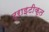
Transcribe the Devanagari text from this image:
ट्राइटीकृत